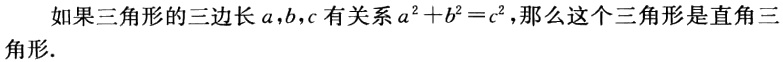
如果三角形的三边长\(a,b,c\)有关系\(a^{2}+b^{2}=c^{2}\)，那么这个三角形是直角三角形.